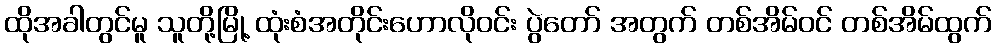
ထိုအခါတွင်မူ သူတို့မြို့ ထုံးစံအတိုင်းဟောလိုဝင်း ပွဲတော် အတွက် တစ်အိမ်ဝင် တစ်အိမ်ထွက်